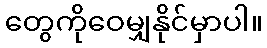
တွေကိုဝေမျှနိုင်မှာပါ။